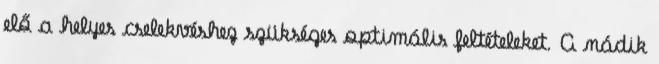
elő a helyes cselekvéshez szükséges optimális feltételeket. A nádik